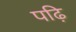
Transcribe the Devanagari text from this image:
पढ़ि